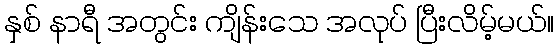
နှစ် နာရီ အတွင်း ကျိန်းသေ အလုပ် ပြီးလိမ့်မယ်။